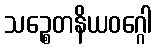
သဉ္စေတနိယဝဂ္ဂေါ